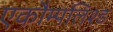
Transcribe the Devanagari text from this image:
एकौम्पलिश्ड